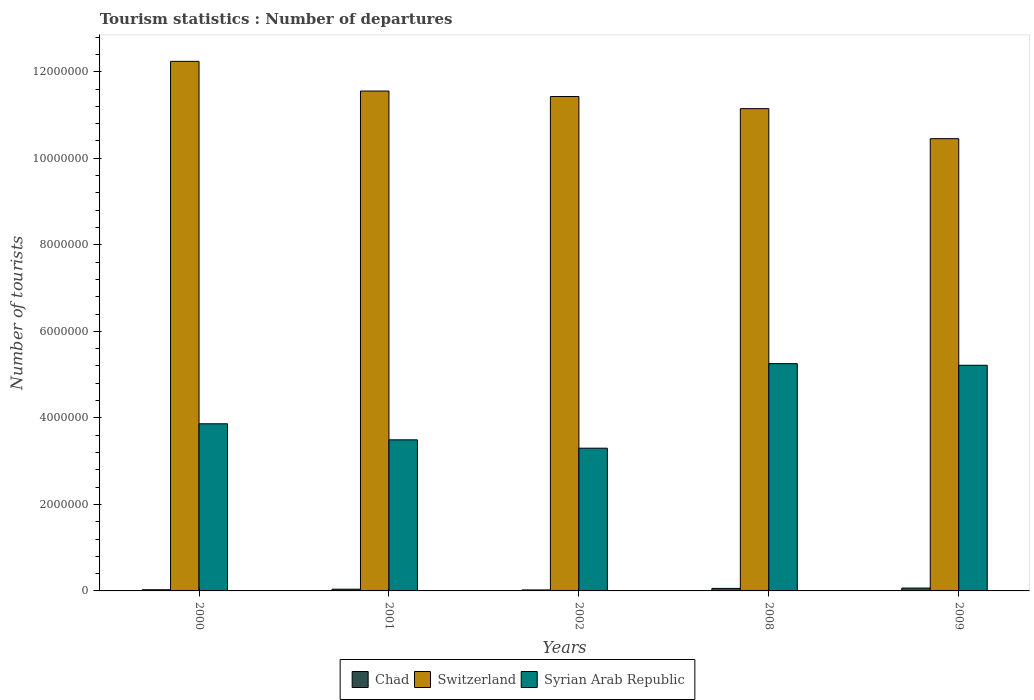
| Years | Chad | Switzerland | Syrian Arab Republic |
 | --- | --- | --- | --- |
 | 2000 | 2.7e+04 | 1.22e+07 | 3.86e+06 |
 | 2001 | 4e+04 | 1.16e+07 | 3.49e+06 |
 | 2002 | 2.3e+04 | 1.14e+07 | 3.3e+06 |
 | 2008 | 5.8e+04 | 1.11e+07 | 5.25e+06 |
 | 2009 | 6.6e+04 | 1.05e+07 | 5.22e+06 |